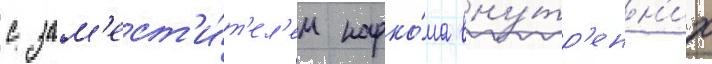
с зам'ест'и́т'ел'ем нарко́ма вну́тр'енн'их